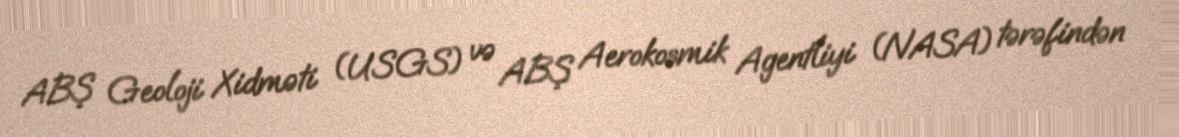
ABŞ Geoloji Xidməti (USGS) və ABŞ Aerokosmik Agentliyi (NASA) tərəfindən